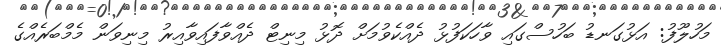
މަހުލޫފު: އަޅުގަނޑު ބަހުސްގައި ވާހަކަފުޅު ދެއްކެވުމަށް ދޮޅު މިނިޓް ދެއްވާފައިވާއިރު މިނިވަން މެމްބަރެއްގެ